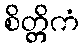
စိတ္တိကံ